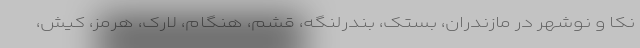
نکا و نوشهر در مازندران، بستک، بندرلنگه، قشم، هنگام، لارک، هرمز، کیش،